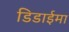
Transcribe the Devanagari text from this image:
डिडाईमा